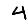
Digit: 4